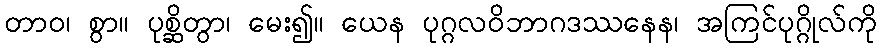
တာဝ၊ စွာ။ ပုစ္ဆိတွာ၊ မေး၍။ ယေန ပုဂ္ဂလဝိဘာဂဒဿနေန၊ အကြင်ပုဂ္ဂိုလ်ကို